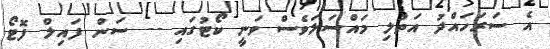
އެ ސަރަހައްދު އަތުލި މައްސަލަވެސް ވަނީ ކޯޓުގައި -- ސަން ފައިލް ފޮޓޯ